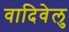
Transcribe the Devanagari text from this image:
वादिवेलु